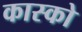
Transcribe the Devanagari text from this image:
कास्को